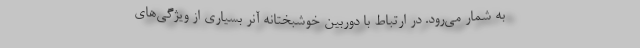
به شمار می‌رود. در ارتباط با دوربین خوشبختانه آنر بسیاری از ویژگی‌های